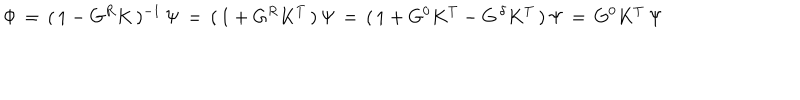
\Phi \, = \, ( \, 1 - G ^ { R } K \, ) ^ { - 1 } \, \Psi \, = \, ( \, 1 + G ^ { R } K ^ { T } \, ) \, \Psi \, = \, ( \, 1 + G ^ { 0 } K ^ { T } - G ^ { \, \delta } K ^ { T } \, ) \, \Psi \, = \, G ^ { 0 } K ^ { T } \, \Psi